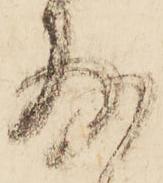
存